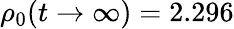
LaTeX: \rho_{0}(t\to\infty)=2.296